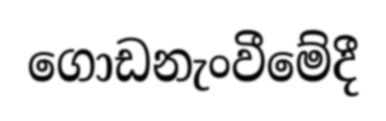
ගොඩනැංවීමේදී